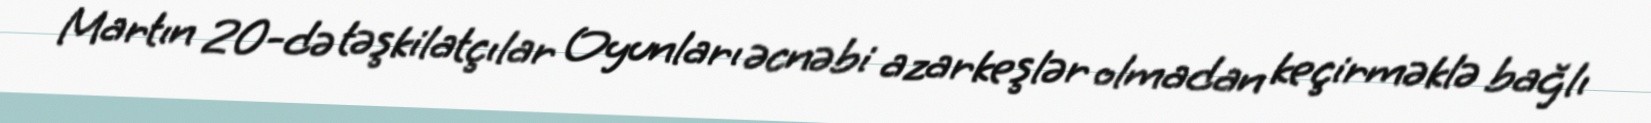
Martın 20-də təşkilatçılar Oyunları əcnəbi azarkeşlər olmadan keçirməklə bağlı